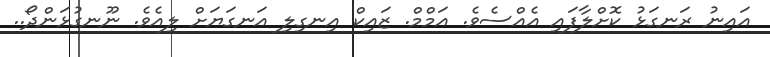
އައިނު ރަނގަޅު ކޮށްލާފައި އެއްސެވެ. އަމްމް. ޒައިކް އިނގިލި އަނގަޔަށް ލިއެވެ. ނޫނގުޅަންދޯ..